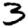
Digit: 3